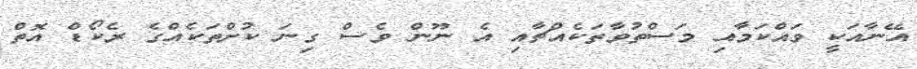
އޭނާއަކީ ވައްކަމާއި މަސްތުވާތަކެއްޗާއި އެ ނޫން ވެސް ގިނަ ކުށްތަކެއްގެ ރެކޯޑް އޮތް